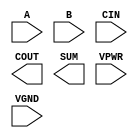
module sky130_fd_sc_hs__fahcin (
    //# {{data|Data Signals}}
    input  A   ,
    input  B   ,
    input  CIN ,
    output COUT,
    output SUM ,

    //# {{power|Power}}
    input  VPWR,
    input  VGND
);
endmodule